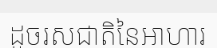
ដូចរសជាតិនៃអាហារ